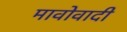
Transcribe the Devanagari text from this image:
मावोवादी